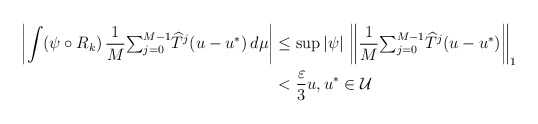
\begin{align*}\left\vert \int(\psi\circ R_{k})\,\frac{1}{M}{\textstyle\sum_{j=0}^{M-1}}\widehat{T}^{j}(u-u^{\ast})\,d\mu\right\vert & \leq\sup\left\vert\psi\right\vert \,\left\Vert \frac{1}{M}{\textstyle\sum_{j=0}^{M-1}}\widehat{T}^{j}(u-u^{\ast})\right\Vert _{1}\\& <\frac{\varepsilon}{3}u,u^{\ast}\in\mathcal{U}\end{align*}